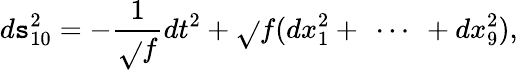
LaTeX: d\mathtt{s}_{10}^{2}=-\frac{{1}}{{\sqrt{}{{f}}}}dt^{2}+\sqrt{}{{f}}(dx_{1}^{2}+\ \cdots\ +dx_{9}^{2}),